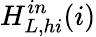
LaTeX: H_{L,\textit{hi}}^{in}(i)